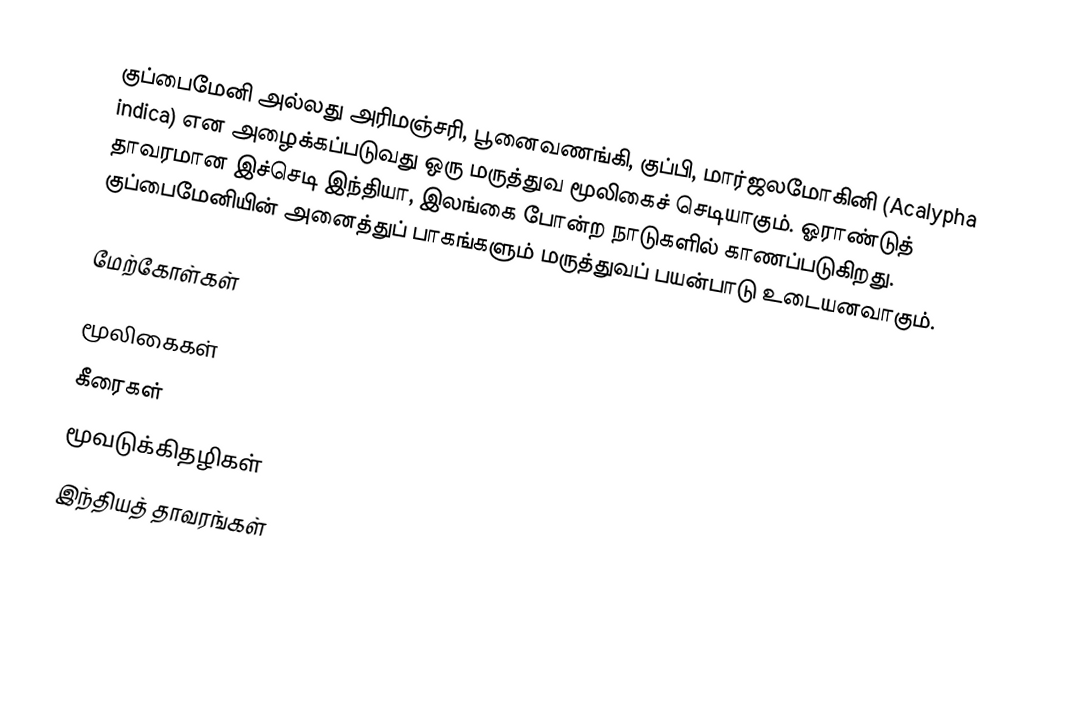
குப்பைமேனி அல்லது அரிமஞ்சரி, பூனைவணங்கி, குப்பி, மார்ஜலமோகினி  (Acalypha indica) என அழைக்கப்படுவது ஒரு மருத்துவ மூலிகைச் செடியாகும். ஓராண்டுத் தாவரமான இச்செடி இந்தியா, இலங்கை போன்ற நாடுகளில் காணப்படுகிறது. குப்பைமேனியின் அனைத்துப் பாகங்களும் மருத்துவப் பயன்பாடு உடையனவாகும்.

மேற்கோள்கள்

மூலிகைகள்
கீரைகள்
மூவடுக்கிதழிகள்
இந்தியத் தாவரங்கள்